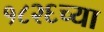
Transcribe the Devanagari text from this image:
१८२६च्या